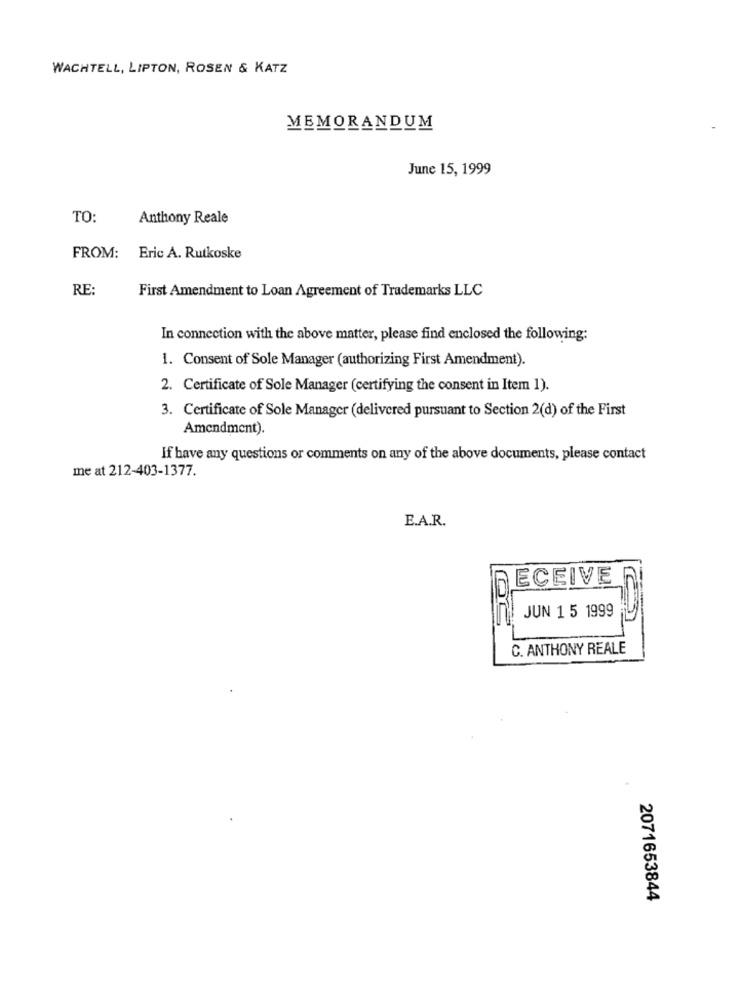
WACHTELL, LIPTON, ROSEN & KATZ
MEMORANDUM
June 15, 1999
TO:
Anthony Reale
FROM: Eric A. Rutkoske
RE:
First Amendment to Loan Agreement of Trademarks LLC
In connection with the above matter, please find enclosed the following:
1. Consent of Sole Manager (authorizing First Amendment).
2. Certificate of Sole Manager (certifying the consent in Item 1).
3. Certificate of Sole Manager (delivered pursuant to Section 2(d) of the First
Amendment).
If have any questions or comments on any of the above documents, please contact
me at 212-403-1377.
E.A.R.
ECEIVE
JUN 15 1999
C. ANTHONY REALE
2071653844